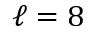
\ell = 8